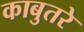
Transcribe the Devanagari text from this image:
काबुतरे